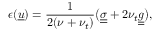
\epsilon ( \underline { { u } } ) = \frac { 1 } { 2 ( \nu + \nu _ { t } ) } \big ( \underline { { \underline { { \sigma } } } } + 2 \nu _ { t } \underline { { \underline { { g } } } } \big ) ,